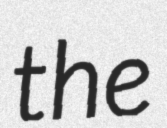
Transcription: the